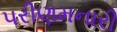
પરીણમનારી